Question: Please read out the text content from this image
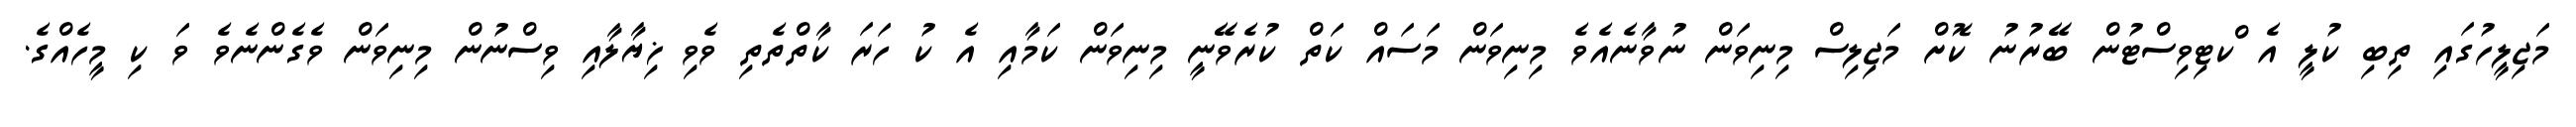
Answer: މަޖިލީހުގައި ތިބި ކުލީ އެ ްކޓިވިސްޓުން ބޭރުނު ކޮށް މަޖިލިސް މިނިވަން ނުވާނެއެވެ މިނިވަން މަސައް ކަތް ކުރެވޭނީ މިނިވަން ކަމާއި އެ ކު ހަރަ ކާތްތެތި ވެވި ޚިޔާލާއި ވިސްނުން މިނިވަން ވެގެންނެވެ ވަ ކި މީހެއްގެ.